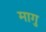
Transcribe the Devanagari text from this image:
मागु